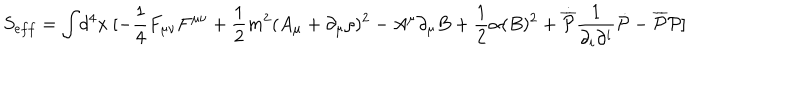
S _ { e f f } = \int \! d ^ { 4 } x ~ [ - \frac { 1 } { 4 } F _ { \mu \nu } F ^ { \mu \nu } + \frac { 1 } { 2 } m ^ { 2 } ( A _ { \mu } + \partial _ { \mu } \rho ) ^ { 2 } - A ^ { \mu } \partial _ { \mu } B + \frac { 1 } { 2 } \alpha ( B ) ^ { 2 } + \dot { { \overline { { { \cal P } } } } } \frac { 1 } { \partial _ { i } \partial ^ { i } } \dot { { \cal P } } - { \overline { { { \cal P } } } } { \cal P } ]